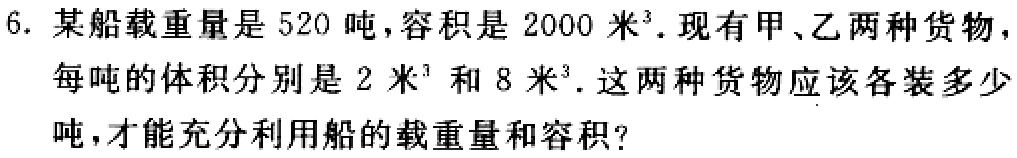
6. 某船载重量是 520 吨，容积是 2000 米³. 现有甲、乙两种货物，每吨的体积分别是 2 米³ 和 8 米³. 这两种货物应该各装多少吨，才能充分利用船的载重量和容积?